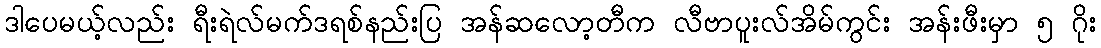
ဒါပေမယ့်လည်း ရီးရဲလ်မက်ဒရစ်နည်းပြ အန်ဆလော့တီက လီဗာပူးလ်အိမ်ကွင်း အန်းဖီးမှာ ၅ ဂိုး